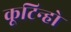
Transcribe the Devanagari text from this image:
कूटिन्हो